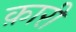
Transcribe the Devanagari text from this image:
क़ारी